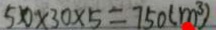
5 0 \times 3 0 \times 5 = 7 5 0 ( m ^ { 3 } )